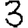
Digit: 3